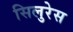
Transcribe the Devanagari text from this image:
सिलुरेस